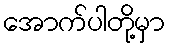
အောက်ပါတို့မှာ